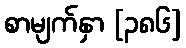
စာမျက်နှာ [၃၈၆]